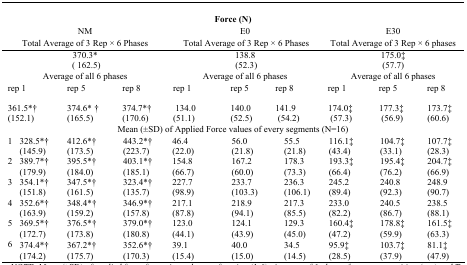
<table><thead><tr><td colspan="10"><b>Force (N)</b></td></tr><tr><td colspan="4"><b>NM</b></td><td colspan="3"><b>E0</b></td><td colspan="3"><b>E30</b></td></tr><tr><td colspan="4"><b>Total Average of 3 Rep × 6 Phases</b></td><td colspan="3"><b>Total Average of 3 Rep × 6 Phases</b></td><td colspan="3"><b>Total Average of 3 Rep × 6 phases</b></td></tr></thead><tbody><tr><td colspan="4">370.3* (162.5)</td><td colspan="3">138.8 (52.3)</td><td colspan="3">175.0‡ (57.7)</td></tr><tr><td colspan="4">Average of all 6 phases</td><td colspan="3">Average of all 6 phases</td><td colspan="3">Average of all 6 phases</td></tr><tr><td colspan="2">rep 1</td><td>rep 5</td><td>rep 8</td><td>rep 1</td><td>rep 5</td><td>rep 8</td><td>rep 1</td><td>rep 5</td><td>rep 8</td></tr><tr><td colspan="2">361.5*† (152.1)</td><td>374.6*† (165.5)</td><td>374.7*† (170.6)</td><td>134.0 (51.1)</td><td>140.0 (52.5)</td><td>141.9 (54.2)</td><td>174.0‡ (57.3)</td><td>177.3‡ (56.9)</td><td>173.7‡ (60.6)</td></tr><tr><td colspan="10">Mean (±SD) of Applied Force values of every segments (N=16)</td></tr><tr><td>1</td><td>328.5*† (145.9)</td><td>412.6*† (173.5)</td><td>443.2*† (223.7)</td><td>46.4 (22.0)</td><td>56.0 (21.8)</td><td>55.5 (21.8)</td><td>116.1‡ (43.4)</td><td>104.7‡ (33.1)</td><td>107.7‡ (28.3)</td></tr><tr><td>2</td><td>389.7*† (179.9)</td><td>395.5*† (184.0)</td><td>403.1*† (185.1)</td><td>154.8 (66.7)</td><td>167.2 (60.0)</td><td>178.3 (73.3)</td><td>193.3‡ (66.4)</td><td>195.4‡ (76.2)</td><td>204.7‡ (66.9)</td></tr><tr><td>3</td><td>354.1*† (151.8)</td><td>347.5*† (161.5)</td><td>323.4*† (135.7)</td><td>227.7 (98.9)</td><td>233.7 (103.3)</td><td>236.3 (106.1)</td><td>245.2 (89.4)</td><td>240.8 (92.3)</td><td>248.9 (90.7)</td></tr><tr><td>4</td><td>352.6*† (163.9)</td><td>348.4*† (159.2)</td><td>346.9*† (157.8)</td><td>217.1 (87.8)</td><td>218.9 (94.1)</td><td>217.3 (85.5)</td><td>233.0 (82.2)</td><td>240.5 (86.7)</td><td>238.5 (88.1)</td></tr><tr><td>5</td><td>369.5*† (172.7)</td><td>376.5*† (173.8)</td><td>379.0*† (180.8)</td><td>123.0 (44.1)</td><td>124.1 (43.9)</td><td>129.3 (45.0)</td><td>160.4‡ (47.2)</td><td>178.8‡ (59.9)</td><td>161.5‡ (63.3)</td></tr><tr><td>6</td><td>374.4*† (174.2)</td><td>367.2*† (175.7)</td><td>352.6*† (170.3)</td><td>39.1 (15.4)</td><td>40.0 (15.0)</td><td>34.5 (14.5)</td><td>95.9‡ (28.5)</td><td>103.7‡ (37.9)</td><td>81.1‡ (47.9)</td></tr></tbody></table>